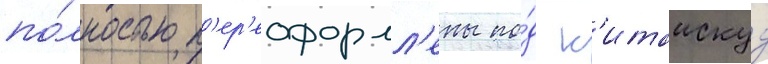
по́лностью п'ер'еоформл'ены по́д к'итаискуу